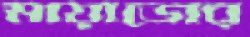
মায়াডোর